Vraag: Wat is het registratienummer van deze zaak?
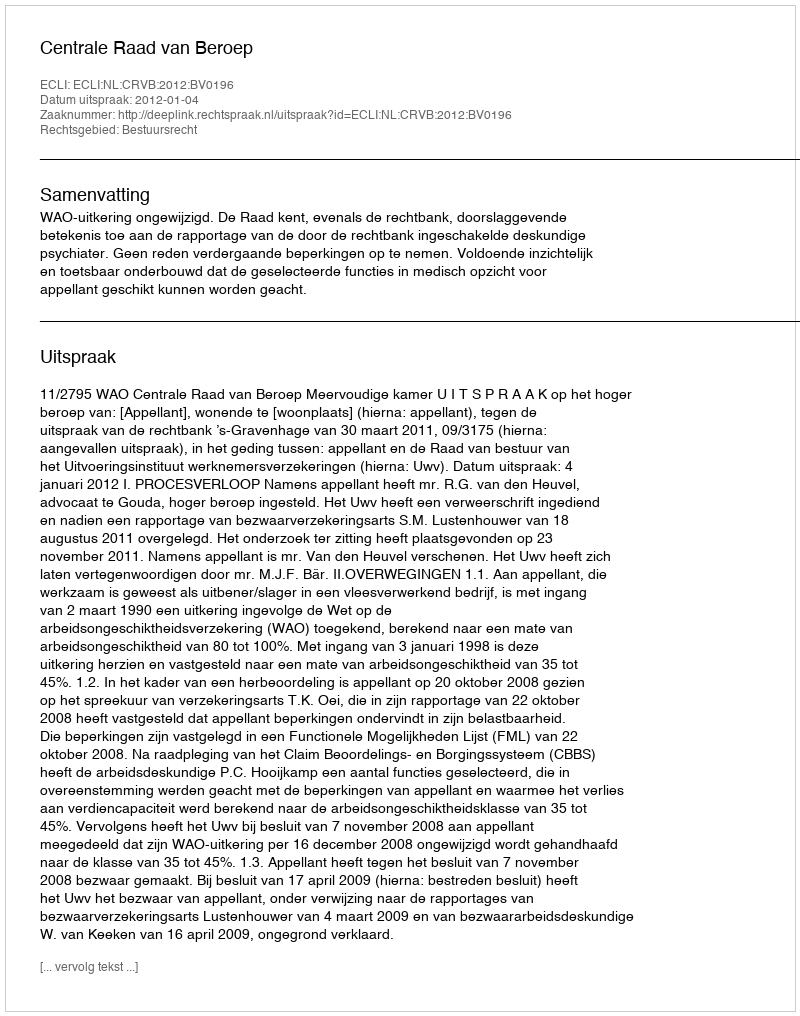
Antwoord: http://deeplink.rechtspraak.nl/uitspraak?id=ECLI:NL:CRVB:2012:BV0196